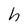
Character: h